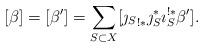
LaTeX: \begin{align*}[\beta] = [\beta'] = \sum_{S \subset X} [ {\jmath_S}_{!*}\jmath_S^* \imath_S^{!*} \beta' ].\end{align*}